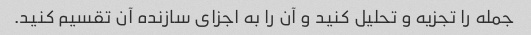
جمله را تجزیه و تحلیل کنید و آن را به اجزای سازنده آن تقسیم کنید.